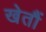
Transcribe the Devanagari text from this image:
खेतौं